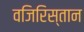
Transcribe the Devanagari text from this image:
वजिरिस्तान